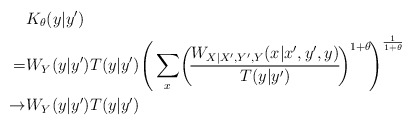
\begin{align*}& K_\theta(y|y^\prime) \\=& W_Y(y|y^\prime) T(y|y^\prime) \Bigg( \sum_x \!\bigg( \!\frac{W_{X|X',Y',Y}(x|x^\prime,y^\prime,y)}{T(y|y^\prime)} \!\bigg)^{1+\theta} \!\Bigg)^{\frac{1}{1+\theta}} \\ \to & W_Y(y|y^\prime) T(y|y^\prime)\end{align*}